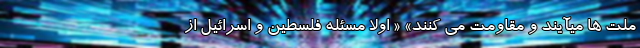
ملت ها میآیند و مقاومت می کنند» « اولاً مسئله فلسطین و اسرائیل از